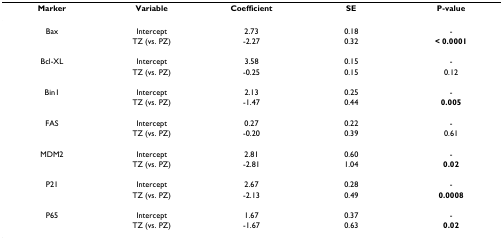
<table><thead><tr><td><b>Marker</b></td><td><b>Variable</b></td><td><b>Coefficient</b></td><td><b>SE</b></td><td><b>P-value</b></td></tr></thead><tbody><tr><td>Bax</td><td>Intercept</td><td>2.73</td><td>0.18</td><td>-</td></tr><tr><td></td><td>TZ (vs. PZ)</td><td>-2.27</td><td>0.32</td><td><b>&lt; 0.0001</b></td></tr><tr><td>Bcl-XL</td><td>Intercept</td><td>3.58</td><td>0.15</td><td>-</td></tr><tr><td></td><td>TZ (vs. PZ)</td><td>-0.25</td><td>0.15</td><td>0.12</td></tr><tr><td>Bin1</td><td>Intercept</td><td>2.13</td><td>0.25</td><td>-</td></tr><tr><td></td><td>TZ (vs. PZ)</td><td>-1.47</td><td>0.44</td><td><b>0.005</b></td></tr><tr><td>FAS</td><td>Intercept</td><td>0.27</td><td>0.22</td><td>-</td></tr><tr><td></td><td>TZ (vs. PZ)</td><td>-0.20</td><td>0.39</td><td>0.61</td></tr><tr><td>MDM2</td><td>Intercept</td><td>2.81</td><td>0.60</td><td>-</td></tr><tr><td></td><td>TZ (vs. PZ)</td><td>-2.81</td><td>1.04</td><td><b>0.02</b></td></tr><tr><td>P21</td><td>Intercept</td><td>2.67</td><td>0.28</td><td>-</td></tr><tr><td></td><td>TZ (vs. PZ)</td><td>-2.13</td><td>0.49</td><td><b>0.0008</b></td></tr><tr><td>P65</td><td>Intercept</td><td>1.67</td><td>0.37</td><td>-</td></tr><tr><td></td><td>TZ (vs. PZ)</td><td>-1.67</td><td>0.63</td><td><b>0.02</b></td></tr></tbody></table>